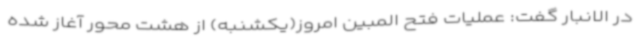
در الانبار گفت: عملیات فتح المبین امروز(یکشنبه) از هشت محور آغاز شده